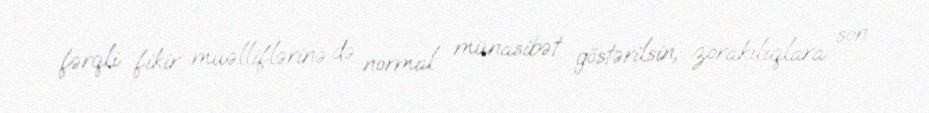
fərqli fikir müəlliflərinə də normal münasibət göstərilsin, zorakılıqlara son